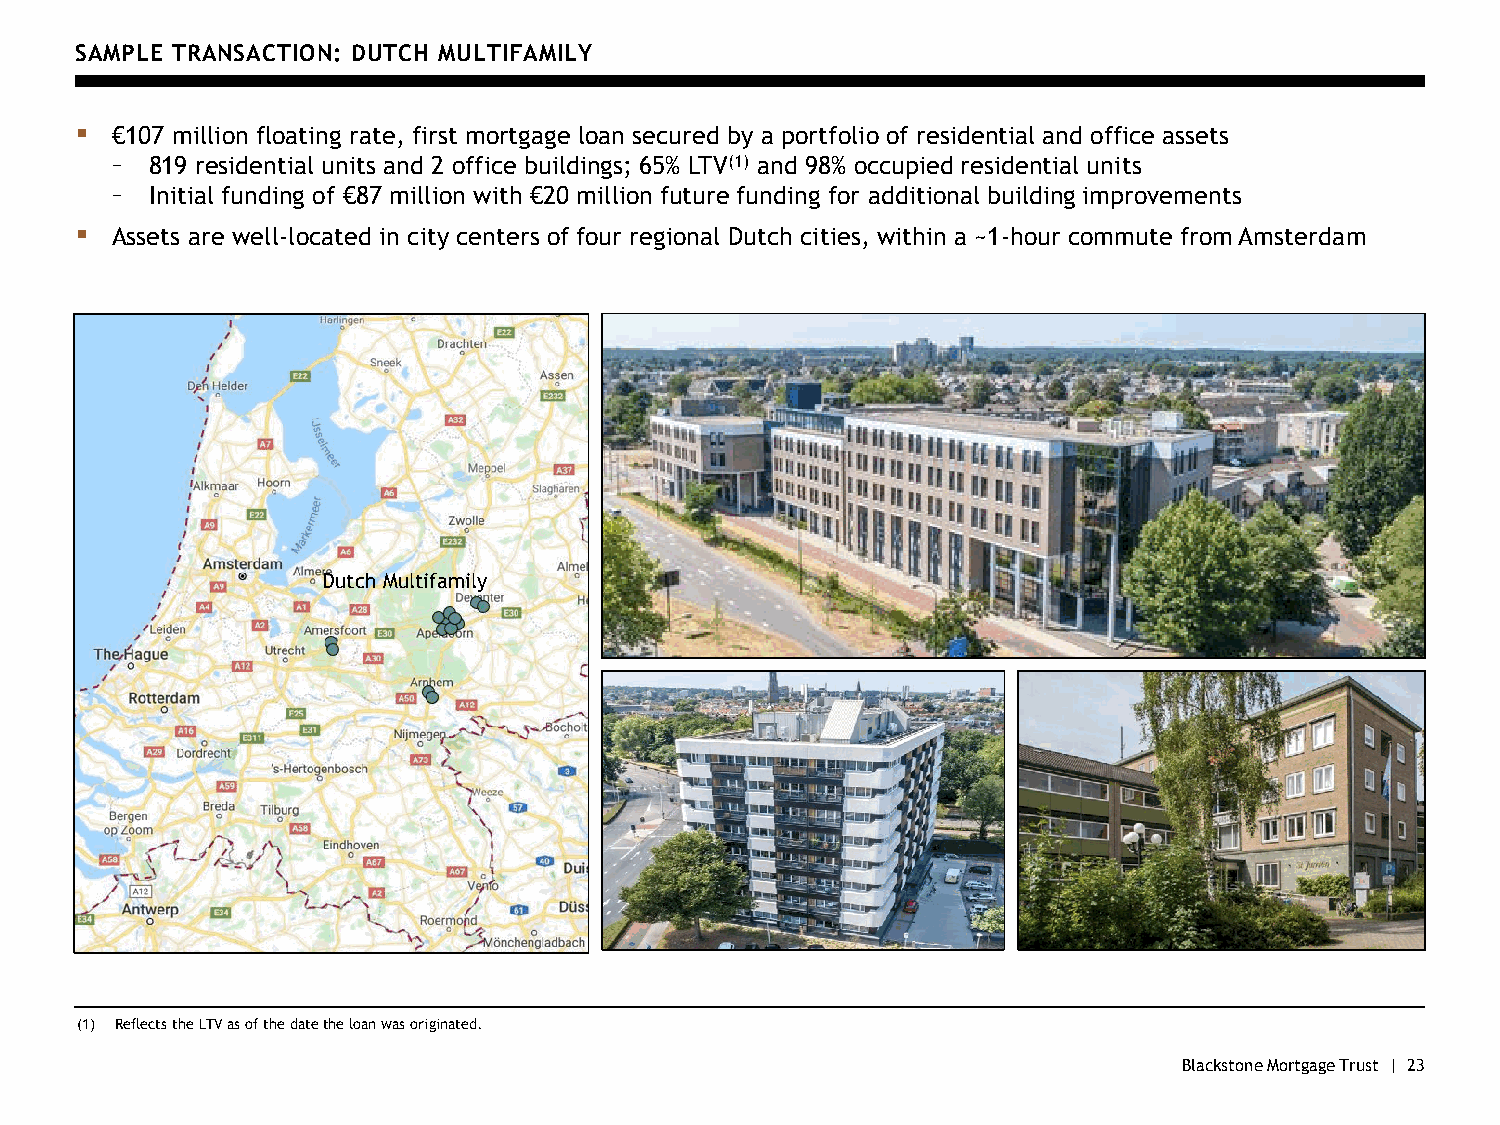
SAMPLE TRANSACTION: DUTCH MULTIFAMILY
 ▪ €107 million floating rate, first mortgage loan secured by a portfolio of residential and office assets
 –  819 residential units and 2 office buildings; 65% LTV(1) and 98% occupied residential units
 –  Initial funding of €87 million with €20 million future funding for additional building improvements
 ▪ Assets are well-located in city centers of four regional Dutch cities, within a ~1-hour commute from Amsterdam
 Dutch Multifamily
 (1) Reflects the LTV as of the date the loan was originated.
 Blackstone Mortgage Trust | 23